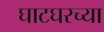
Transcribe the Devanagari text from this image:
घाटघरच्या